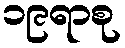
၁၉ရာစု